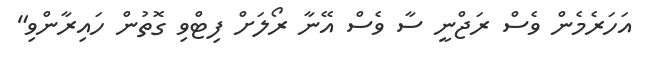
އަހަރެމެން ވެސް ރަޖްނީ ސާ ވެސް އޭނާ ރޯލަށް ފިޓްވި ގޮތުން ހައިރާންވި"